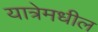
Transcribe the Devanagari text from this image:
यात्रेमधील